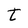
Character: t